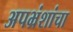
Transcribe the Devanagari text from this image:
अपभ्रंशांचा